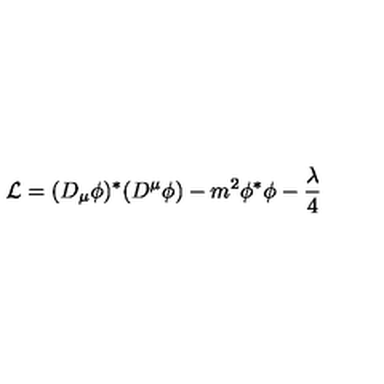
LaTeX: { \cal L } = ( D _ { \mu } \phi ) ^ { * } ( D ^ { \mu } \phi ) - m ^ { 2 } \phi ^ { * } \phi - \frac \lambda 4